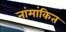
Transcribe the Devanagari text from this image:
नांमांकित